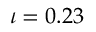
\iota = 0 . 2 3